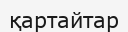
қартайтар